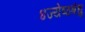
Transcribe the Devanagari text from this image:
४ज्येष्ठबंधु